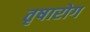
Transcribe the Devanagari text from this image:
तृषारोग